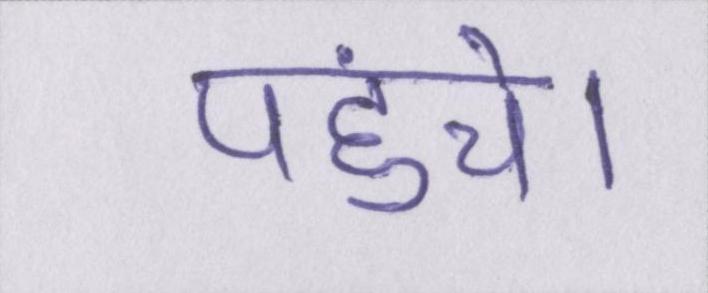
पहुंचे।